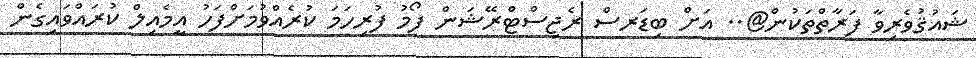
ޝައުޤުވެރިވާ ފަރާތްތަކުން@.. އަށް ބިޑަރސް ރެޖިސްޓްރޭޝަން ފޯމު ފުރިހަމަ ކުރެއްވުމަށްފަހު އީމެއިލް ކުރައްވައިގެން